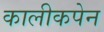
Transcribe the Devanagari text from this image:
कालीकपेन